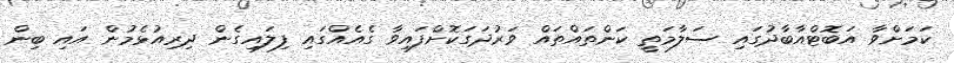
ކަމަށްވާ އަބޮޓްއާބާދުގައި ސަލާމަތީ ކަންތައްތައް ވަރުދަގަކޮށްފައިވާ ގެއެއްގައި ފިލައިގެން ދިރިއުޅެމުން އައި ބިން